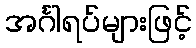
အင်္ဂါရပ်များဖြင့်